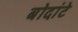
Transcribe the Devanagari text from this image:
बोदांटे